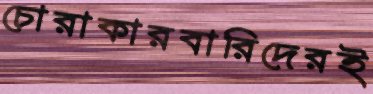
চোরাকারবারিদেরই